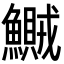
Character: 鱡